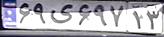
۶۹ی۶۹۷۱۳